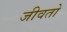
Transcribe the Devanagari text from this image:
जीवतो